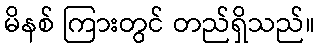
မိနစ် ကြားတွင် တည်ရှိသည်။